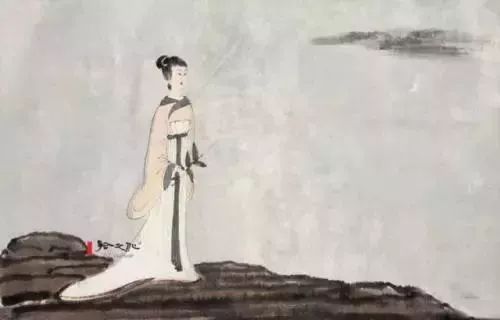
上邪，我欲与君相知，长命无绝衰。